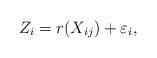
LaTeX: \begin{align*} Z_{i}= r(X_{ij})+ \varepsilon_{i}, \end{align*}